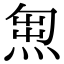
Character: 𭵇